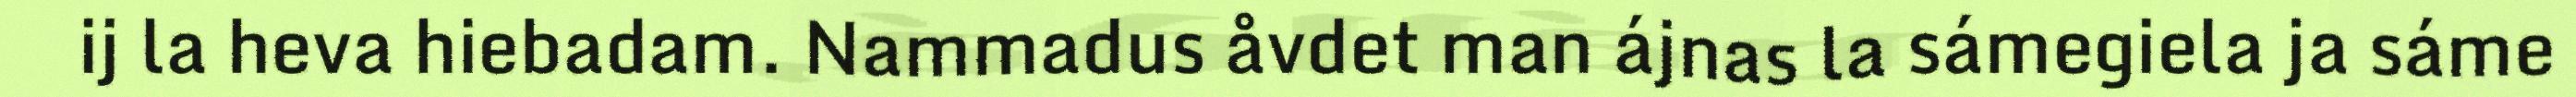
ij la heva hiebadam. Nammadus åvdet man ájnas la sámegiela ja sáme